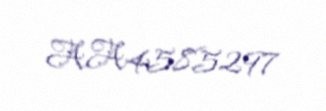
AA4585297